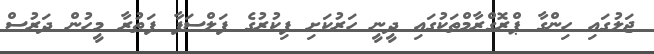
ޖަލުގައި ހިންގާ ޕްރޮގްރާމްތަކުގައި ދީނީ ހަރުކަށި ފިކުރުގެ ފަލްސަފާ ފަތުރާ މީހުން ދަރުސް